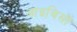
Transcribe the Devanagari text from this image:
आइबिसों